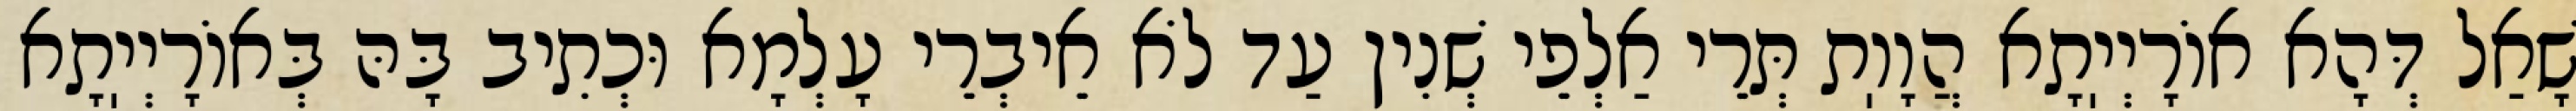
שָׁאַל דְּהָא אוֹרָיְיֽתָא הֲוָוֽת תְּרֵי אַלְפֵי שְׁנִין עַד לֹא אֵיבְרֵי עָלְמָא וּכְתִיב בָּהּ בְּאוֹרָיְיֽתָא